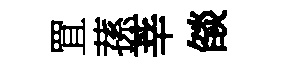
罝蓀莘燄